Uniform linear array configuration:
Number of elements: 8
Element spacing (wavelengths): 0.25
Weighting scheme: uniform
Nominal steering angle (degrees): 15
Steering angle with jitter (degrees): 16.476
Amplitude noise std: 0.05
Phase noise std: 0.05

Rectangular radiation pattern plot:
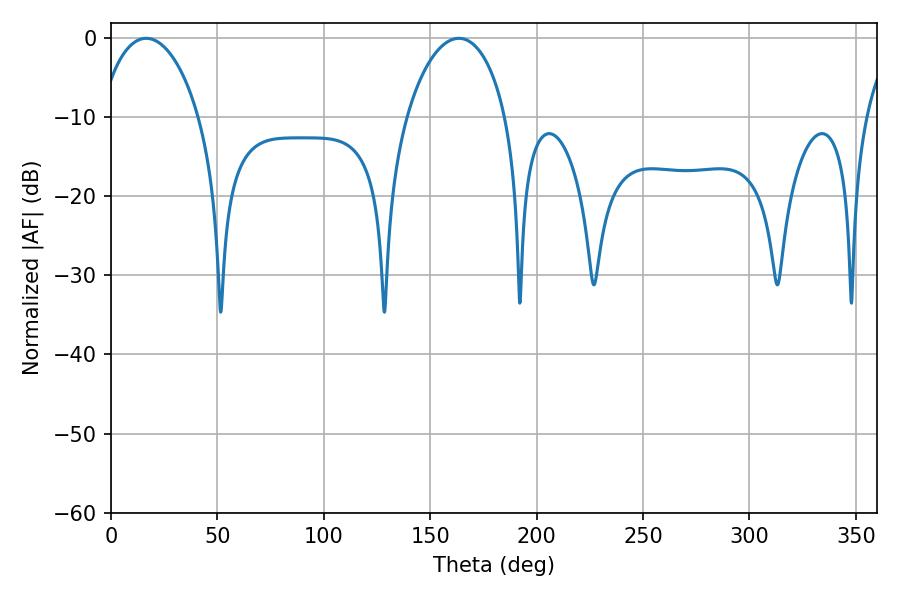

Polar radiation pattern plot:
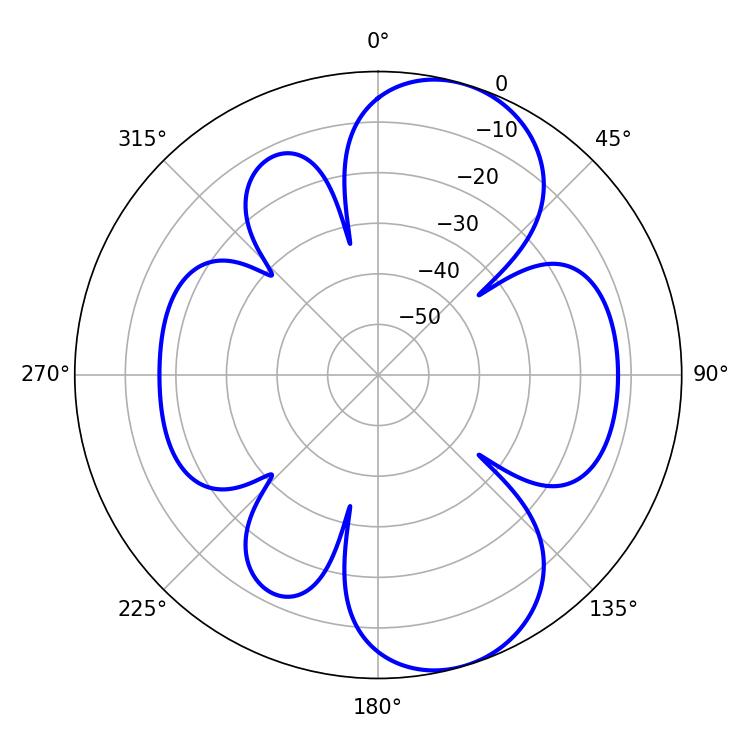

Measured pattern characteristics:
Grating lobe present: FALSE
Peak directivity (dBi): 8.332
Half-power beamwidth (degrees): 26.82
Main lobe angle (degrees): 16.56